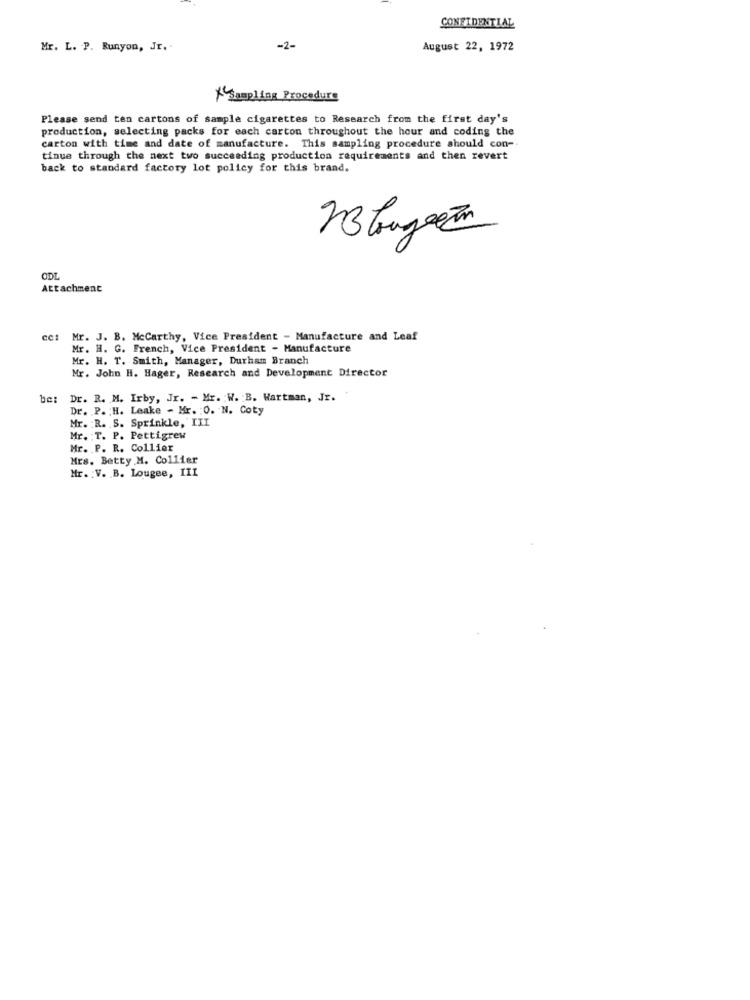
CONFIDENTIAL
Mr. L. P. Runyon, Jr. .
-2-
August 22, 1972
* Sampling Procedure
Please send ten cartons of sample cigarettes to Research from the first day's
production, selecting packs for each carton throughout the hour and coding the
carton with time and date of manufacture. This sampling procedure should con -.
tinue through the next two succeeding production requirements and then revert
back to standard factory lot policy for this brand.
3
Attachment
Mr. J. B. Mccarthy, Vice President - Manufacture and Leaf
Mr. H. G. French, Vice President - Manufacture
Mr. H. T. Smith, Manager, Durham Branch
Mr. John H. Hager, Research and Development Director
Dr. R. M. Irby, Jr. - Mr. W. B. Wartmen, Jr.
Dr. P. H. Leake - Mr. : O. N. Coty
Mr. R. S. Sprinkle, III
Mr. : T. P. Pettigrew
Mr. P. R. Collier
Mrs. Betty M. Collier
Mr. : V. B. Lougee, III